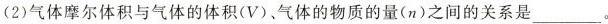
(2)气体摩尔体积与气体的体积(V)。气体的物质的量(n)之间的关系是___。